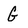
Character: G